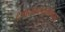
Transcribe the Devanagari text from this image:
टपालवाहतूकीमधून